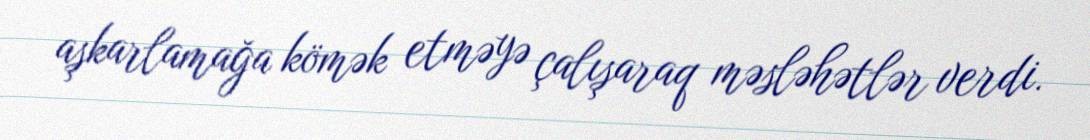
aşkarlamağa kömək etməyə çalışaraq məsləhətlər verdi.